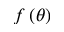
f \left( \theta \right)